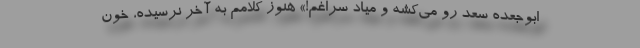
ابوجعده سعد رو می‌کشه و میاد سراغم!» هنوز کلامم به آخر نرسیده، خون